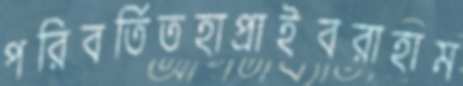
পরিবর্তিতহাপ্‌রাইবরাহাম